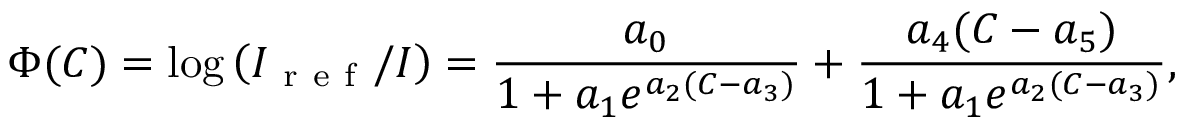
\Phi ( C ) = \log \left( I _ { \mathrm { ~ r ~ e ~ f ~ } } / I \right) = \frac { a _ { 0 } } { 1 + a _ { 1 } e ^ { a _ { 2 } ( C - a _ { 3 } ) } } + \frac { a _ { 4 } ( C - a _ { 5 } ) } { 1 + a _ { 1 } e ^ { a _ { 2 } ( C - a _ { 3 } ) } } ,